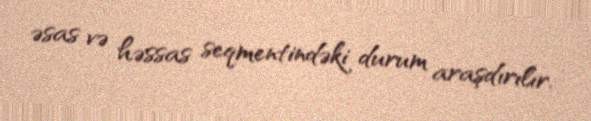
əsas və həssas seqmentindəki durum araşdırılır.